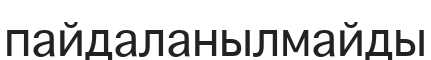
пайдаланылмайды